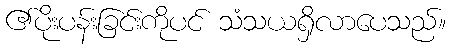
၏ပိုးပန်းခြင်းကိုပင် သံသယရှိလာပေသည်။